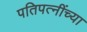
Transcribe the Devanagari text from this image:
पतिपत्‍नींच्या